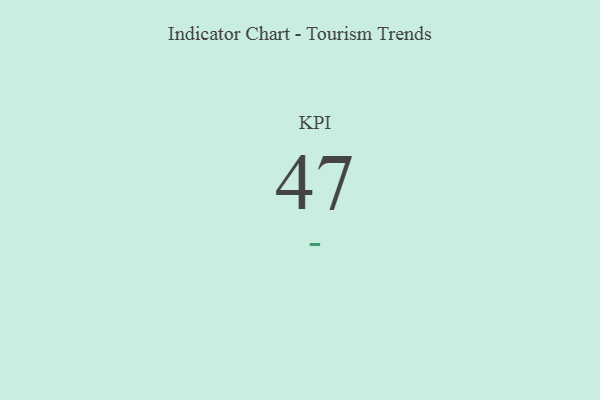
{"axis": {"x": "KPI", "y": "Value"}, "legend": [""], "data": [{"x": "KPI", "y": 47, "type": ""}]}